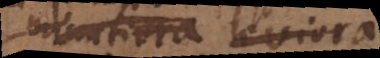
minutiora leviora